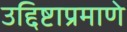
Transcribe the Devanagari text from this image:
उद्दिष्टाप्रमाणे